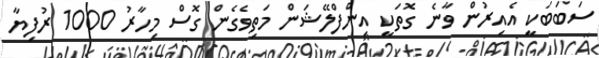
ސަބަބަކީ އެއިރުން ވާނެ ގޮތަކީ އިންފްލޭޝަން މަތިވެގެން ގޮސް މިހާރު 1000 ރުފިޔާ